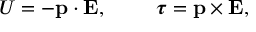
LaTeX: U = - \mathbf { p } \cdot \mathbf { E } , \qquad \ { \boldsymbol { \tau } } = \mathbf { p } \times \mathbf { E } ,